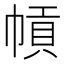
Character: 幊